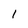
Character: I